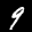
Label: 9